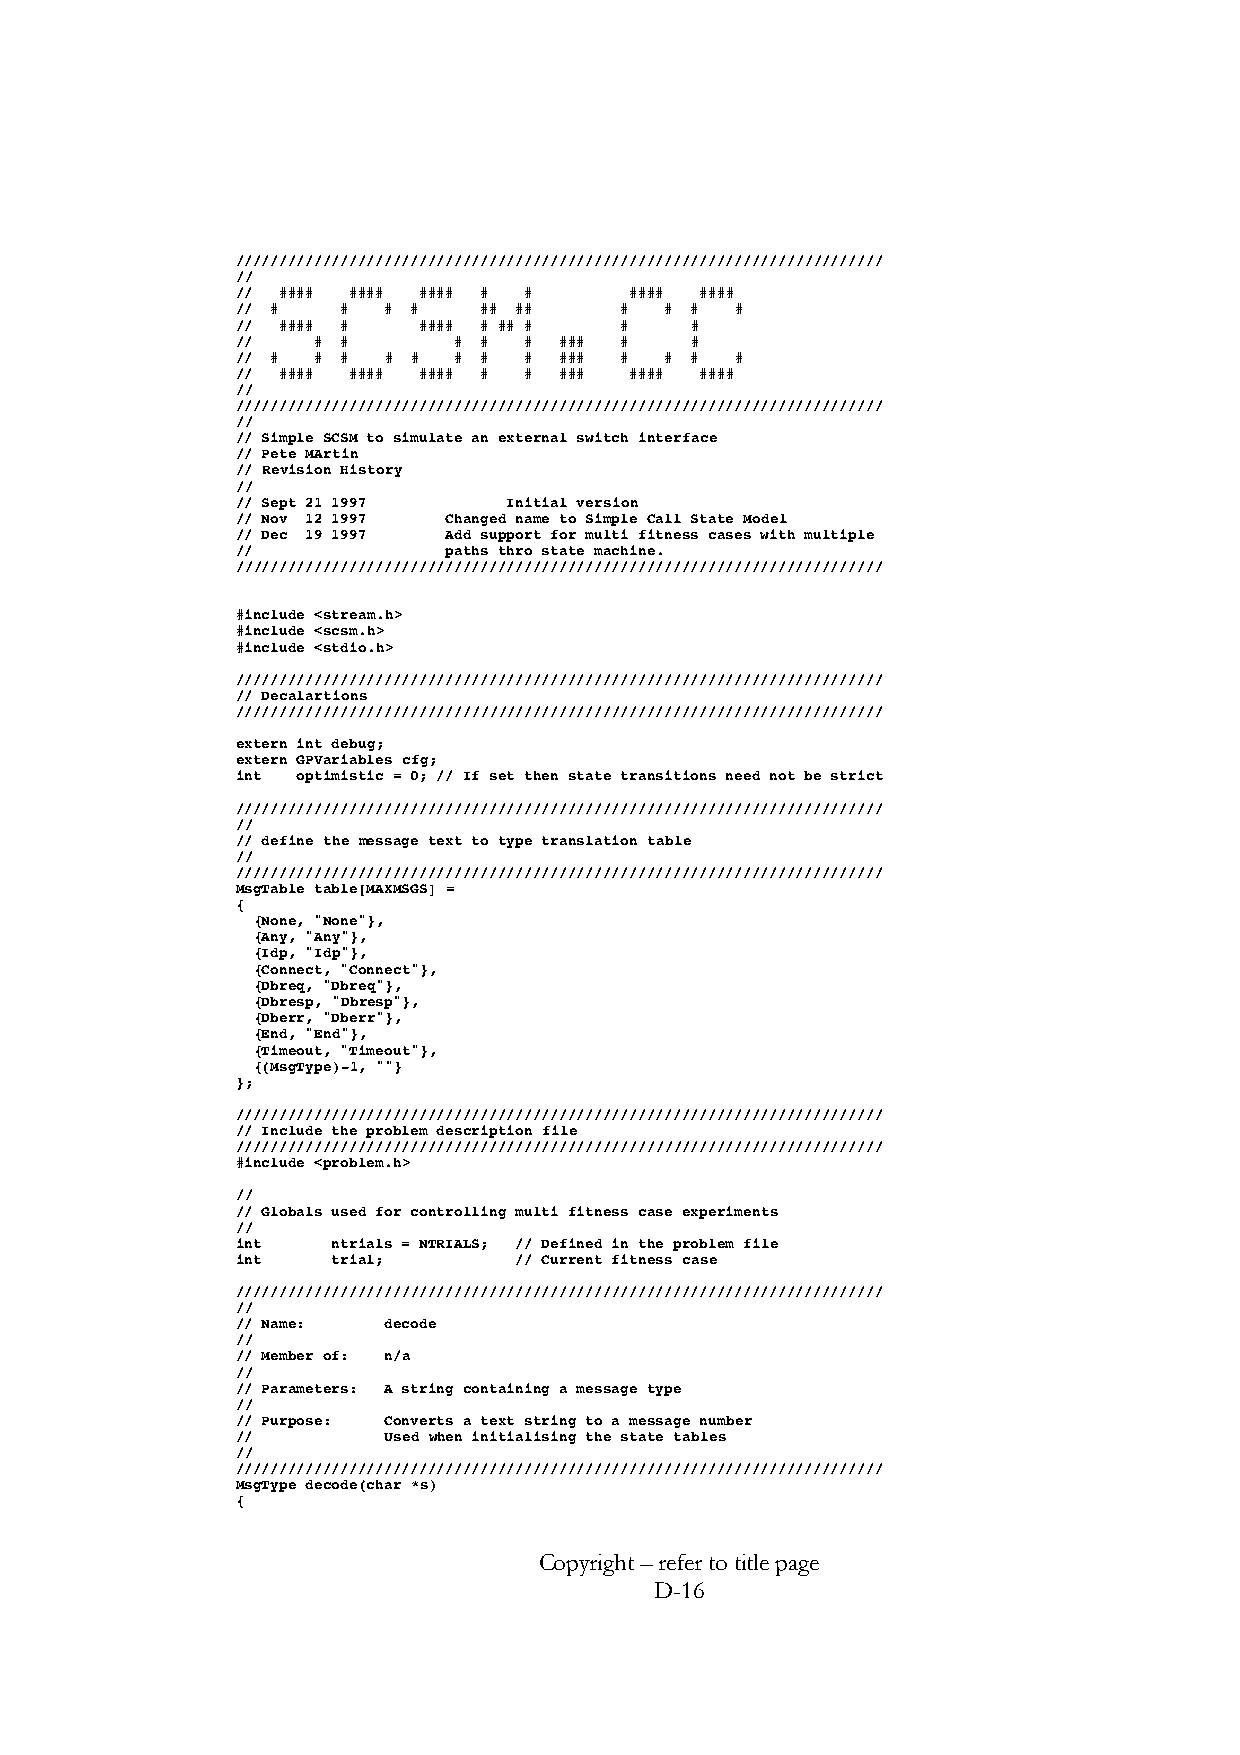
//////////////////////////////////////////////////////////////////////////
 //
 // #### #### #### # #     #### ####
 // #   # # #    ## ##    #  # #  #
 // #### #   #### # ## #  #    #
 //   # #      # #  # ### #    #
 // # # # # #  # #  # ### #  # #  #
 // #### #### #### # # ### #### ####
 //
 //////////////////////////////////////////////////////////////////////////
 //
 // Simple SCSM to simulate an external switch interface
 // Pete MArtin
 // Revision History
 //
 // Sept 21 1997   Initial version
 // Nov 12 1997 Changed name to Simple Call State Model
 // Dec 19 1997 Add support for multi fitness cases with multiple
 //            paths thro state machine.
 //////////////////////////////////////////////////////////////////////////
 #include <stream.h>
 #include <scsm.h>
 #include <stdio.h>
 //////////////////////////////////////////////////////////////////////////
 // Decalartions
 //////////////////////////////////////////////////////////////////////////
 extern int debug;
 extern GPVariables cfg;
 int optimistic = 0; // If set then state transitions need not be strict
 //////////////////////////////////////////////////////////////////////////
 //
 // define the message text to type translation table
 //
 //////////////////////////////////////////////////////////////////////////
 MsgTable table[MAXMSGS] =
 {
 {None, "None"},
 {Any, "Any"},
 {Idp, "Idp"},
 {Connect, "Connect"},
 {Dbreq, "Dbreq"},
 {Dbresp, "Dbresp"},
 {Dberr, "Dberr"},
 {End, "End"},
 {Timeout, "Timeout"},
 {(MsgType)-1, ""}
 };
 //////////////////////////////////////////////////////////////////////////
 // Include the problem description file
 //////////////////////////////////////////////////////////////////////////
 #include <problem.h>
 //
 // Globals used for controlling multi fitness case experiments
 //
 int   ntrials = NTRIALS; // Defined in the problem file
 int   trial;      // Current fitness case
 //////////////////////////////////////////////////////////////////////////
 //
 // Name: decode
 //
 // Member of: n/a
 //
 // Parameters: A string containing a message type
 //
 // Purpose: Converts a text string to a message number
 //       Used when initialising the state tables
 //
 //////////////////////////////////////////////////////////////////////////
 MsgType decode(char *s)
 {
 Copyright – refer to title page
 D-16